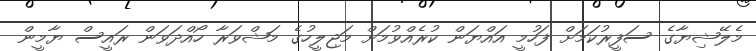
މެލޭޝިޔާގެ ސަފީރުކަމަށް ފަހުމީ އައްޔަން ކުރެއްވުމަށް މަޖިލީހުގެ މަޝްވަރާ ހޯއްދަވަން ރައީސް ޔާމީން